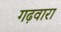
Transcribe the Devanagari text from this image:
गढ़वारा